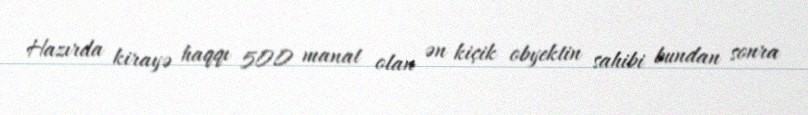
Hazırda kirayə haqqı 500 manat olan ən kiçik obyektin sahibi bundan sonra